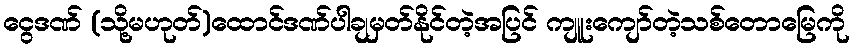
ငွေဒဏ် (သို့မဟုတ်)ထောင်ဒဏ်ပါချမှတ်နိုင်တဲ့အပြင် ကျူးကျော်တဲ့သစ်တောမြေကို